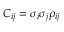
C _ { i j } = \sigma _ { i } \sigma _ { j } \rho _ { i j }